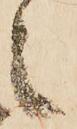
之